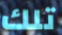
تلك